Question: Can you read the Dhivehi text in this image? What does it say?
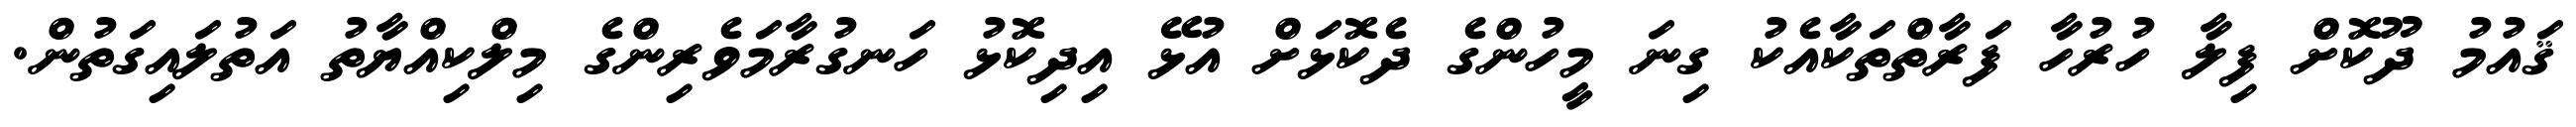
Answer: ޤައުމު ދޫކޮށް ފިލާ ހުރުހާ ފަރާތްތަކާއެކު ގިނަ މީހުންގެ ދެކޮޅަށް އުޅޭ އިދިކޮޅު ހަނގުރާމަވެރިންގެ މިލްކިއްޔާތު އަތުލައިގަތުން.